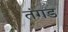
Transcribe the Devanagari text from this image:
तंगड